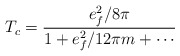
\begin{align*}T_c = \frac{e_{f}^2 / 8 \pi}{1 + e_{f}^2 / 12 \pi m + \cdots}\end{align*}